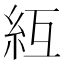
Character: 䊺